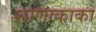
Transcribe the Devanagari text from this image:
शाणाकाका